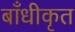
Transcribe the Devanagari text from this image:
बाँधीकृत